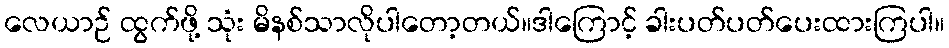
လေယာဉ် ထွက်ဖို့ သုံး မိနစ်သာလိုပါတော့တယ်။ဒါကြောင့် ခါးပတ်ပတ်ပေးထားကြပါ။